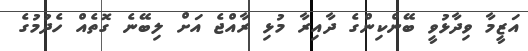
އަޒީމާ ވިދާޅުވީ ބޭންކިންގެ ދާއިރާ މުޅި ރާއްޖެ އަށް ލިބޭނެ ގޮތެއް ހެދުމުގެ